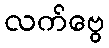
လက်ဗွေ